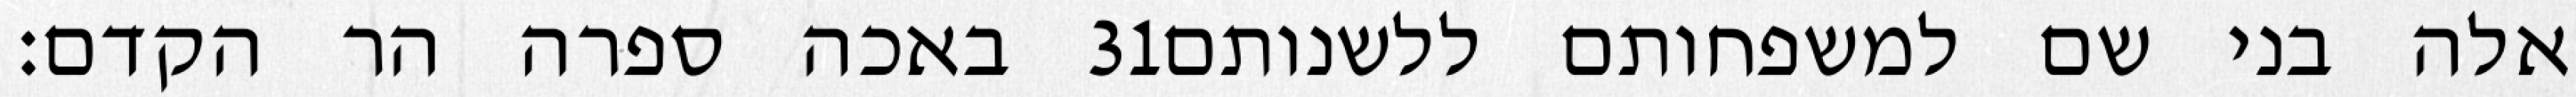
באכה ספרה הר הקדם׃ ‎31‏ אלה בני שם למשפחותם ללשנותם